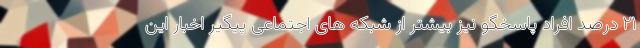
۲۱ درصد افراد پاسخگو نیز بیشتر از شبکه­ های اجتماعی پیگیر اخبار این